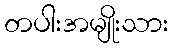
တပါးအမျိုးသား